Lunatic asylums Punjab 1881-1894 - 1881-1894
Year: 1881
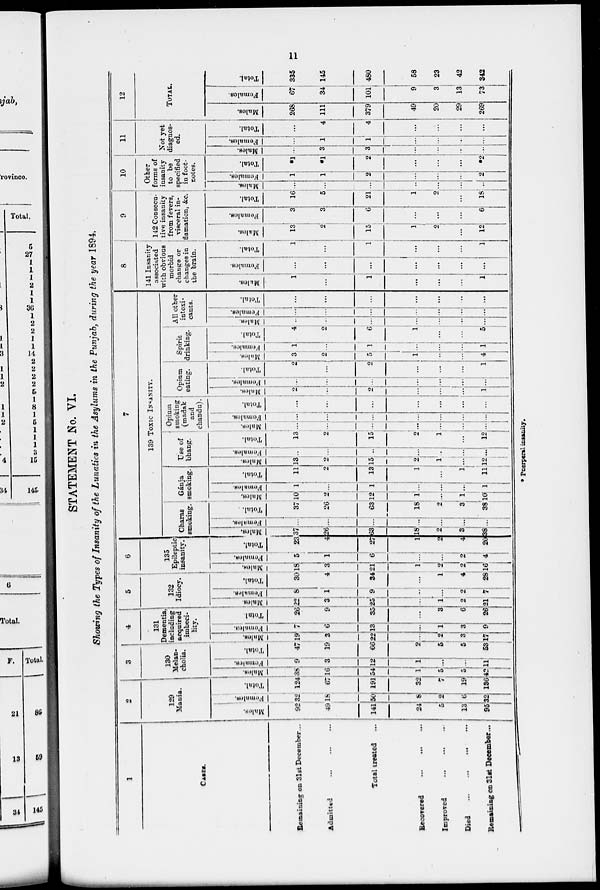
11
STATEMENT No. VI.
Showing the Types of Insanity of the Lunatics in the Asylums in the Punjab, during the year 1894.
1
CASES.
Remaining on 31st December...
Admitted ... ... ...
Total treated ...
Recovered ... ... ...
Improved
...
...
...
Died
...
...
...
...
Remaining on 3st December ...
2
129
Mania.
Males.
92
49
141
24
5
13
95
Females.
32
18
50
8
2
6
32
Total.
124
67
191
32
7
19
136
3
130
Melan-
cholia.
Males.
38
16
54
1
5
5
42
Females.
9
3
12
1
...
...
11
Total.
47
19
66
2
5
5
53
4
131
Dementia,
including
acquired
imbeci-
lity.
Males.
19
3
22
...
2
3
17
Females.
7
6
13
...
1
3
9
Total.
26
9
35
...
3
6
26
5
132
Idiocy.
Males.
22
3
25
...
1
2
21
Females.
8
1
9
...
...
2
7
Total.
30
4
34
...
1
4
28
6
135
Epileptic
insanity.
Males.
18
3
21
1
2
2
16
Females.
5
1
6
...
...
2
4
Total.
23
4
27
1
2
4
20
7
139 TOXIC INSANITY.
Charas
smoking.
Males.
37
26
63
18
2
3
38
Females.
...
...
...
...
....
...
...
Total.
37
26
63
18
2
3
38
Gánja
smoking.
Males.
10
2
12
1
...
1
10
Females.
1
...
1
...
...
...
1
Total.
11
2
13
1
...
1
11
Use of
bhang.
Males.
13
2
15
2
1
...
12
Females.
...
...
...
...
...
...
...
Total.
13
2
15
2
1
...
12
Opium
smoking
(madak
and
chandn).
Males.
...
...
...
...
1
...
...
Famales.
...
...
...
...
...
...
...
Total.
...
...
...
...
1
...
...
Opium
eating.
Males.
2
...
2
...
...
...
1
Females.
...
...
...
...
...
...
...
Total.
2
...
2
...
...
...
1
1
Spirit
drinking.
Males.
3
2
5
1
...
...
4
Females.
1
...
1
...
...
...
1
Total.
4
2
6
1
...
....
5
All other
intoxi-
cants.
Males.
...
...
...
...
...
...
...
Females.
...
...
...
...
...
...
...
Total.
...
...
...
...
...
...
...
8
141 Insanity
associated
with obvious
morbid
change or
changes in
the brain.
Males.
1
...
1
...
...
...
1
Females.
...
...
...
...
...
...
...
Total.
1
...
1
...
...
...
1
9
142 Consecu-
tive insanity
from fevers,
visceral in-
flamation, &c.
Males.
13
2
15
1
2
...
12
Females.
3
3
6
...
...
...
6
Total.
16
5
21
1
2
...
18
10
Other
forms of
insanity
to be
specified
n foot-
notes.
Males.
...
...
...
...
...
...
...
Females.
1
1
2
...
...
...
2
Total.
1
1
2
...
...
...
2
11
Not yet
diagnos-
ed.
Males.
...
3
3
...
...
...
...
Females.
...
1
1
...
...
...
...
Total.
...
4
4
...
...
...
...
12
TOTAL.
Males.
268
111
379
49
20
29
269
Females.
67
34
101
9
3
13
73
Total.
335
145
480
58
23
42
342
* Puerperal insanity.